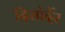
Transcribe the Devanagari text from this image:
दिसोर्देर